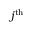
j ^ { \mathrm { t h } }